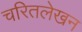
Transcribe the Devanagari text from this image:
चरितलेखन